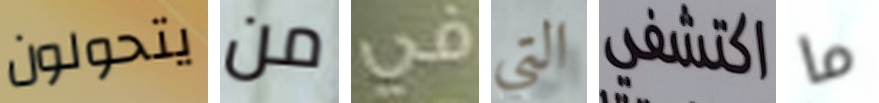
يتحولون من في التي اكتشفي ما